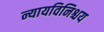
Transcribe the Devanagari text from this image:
न्यायविनिश्चय